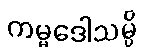
ကမ္မဒေါသမ္ပိ